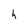
Character: h